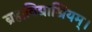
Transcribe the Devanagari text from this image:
ब्रह्मविद्याश्रियम्।